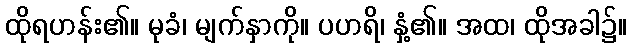
ထိုရဟန်း၏။ မုခံ၊ မျက်နှာကို။ ပဟရိ၊ နှံ့၏။ အထ၊ ထိုအခါ၌။